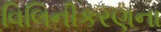
વિલિનીકરણના